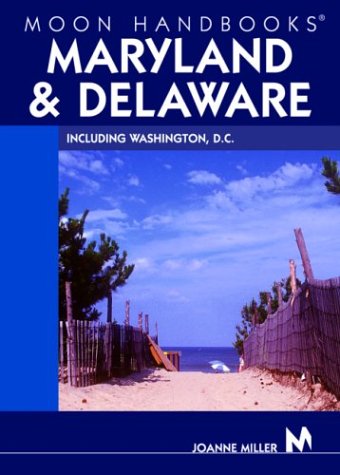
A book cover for Moon Handbooks Maryland and Delaware: Including Washington, D.C.; Joanne Miller; Travel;